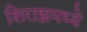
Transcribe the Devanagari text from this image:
शिराझमध्ये